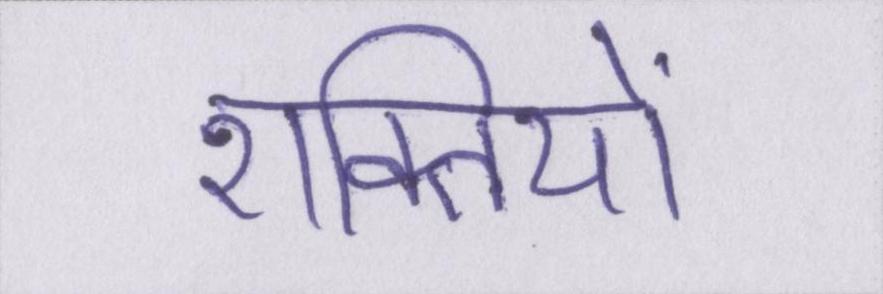
शक्तियों